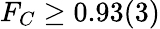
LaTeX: F_{C}\ge 0.93(3)